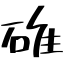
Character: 碓